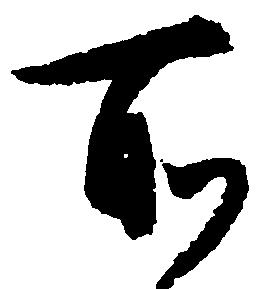
所